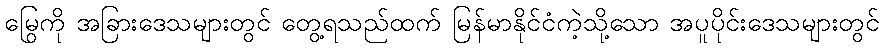
မြွေကို အခြားဒေသများတွင် တွေ့ရသည်ထက် မြန်မာနိုင်ငံကဲ့သို့သော အပူပိုင်းဒေသများတွင်